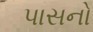
પાસનો